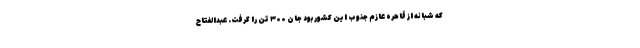
که شبانه از قاهره عازم جنوب این کشور بود جان ۳۰۰ تن را گرفت. عبدالفتاح